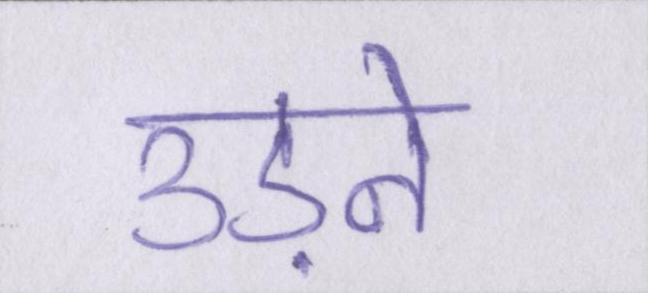
उड़ने